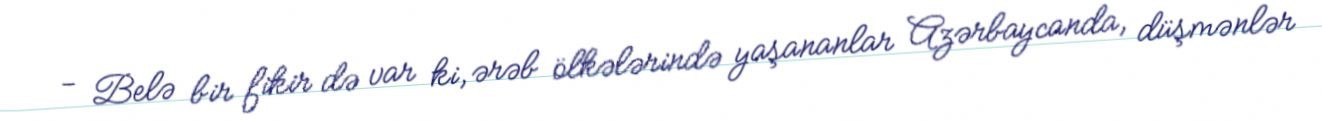
- Belə bir fikir də var ki, ərəb ölkələrində yaşananlar Azərbaycanda, düşmənlər